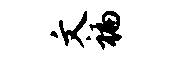
文褊